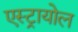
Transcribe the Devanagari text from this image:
एस्ट्रायोल